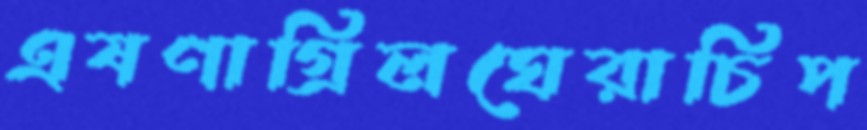
এষণাগ্রিলঘেরাচিপ